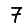
Digit: 7